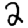
Digit: 2